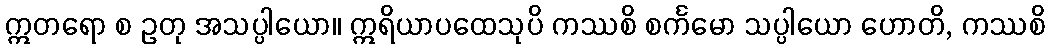
ဣတရော စ ဥတု အသပ္ပါယော။ ဣရိယာပထေသုပိ ကဿစိ စင်္ကမော သပ္ပါယော ဟောတိ, ကဿစိ